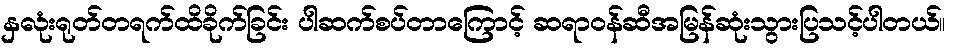
နှလုံးရုတ်တရက်ထိခိုက်ခြင်း ပါဆက်စပ်တာကြောင့် ဆရာဝန်ဆီအမြန်ဆုံးသွားပြသင့်ပါတယ်။